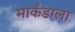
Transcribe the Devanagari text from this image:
मार्कंडाला